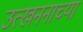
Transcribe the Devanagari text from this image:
उत्खननाच्या